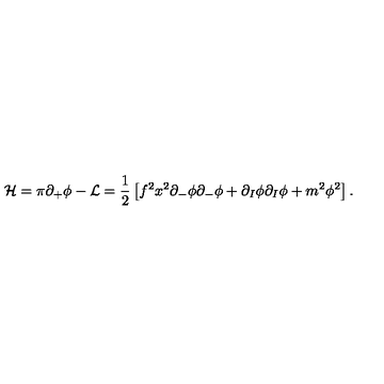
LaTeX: { \cal { H } } = \pi \partial _ { + } \phi - { \cal { L } } = { \frac { 1 } { 2 } } \left[ f ^ { 2 } x ^ { 2 } \partial _ { - } \phi \partial _ { - } \phi + \partial _ { I } \phi \partial _ { I } \phi + m ^ { 2 } \phi ^ { 2 } \right] .